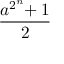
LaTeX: \frac { a ^ { 2 ^ { n } } \! \! + 1 } { 2 }